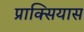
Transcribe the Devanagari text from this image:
प्राक्सियास